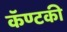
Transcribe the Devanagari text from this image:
कॅण्टकी